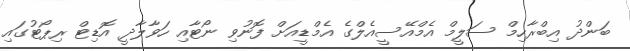
ބަންދު އިބްރާހިމް ސަލީމް އެމްއޭސީއެލްގެ އެމްޑީއަށް ފޮނުވި ނޯޓާއި ހަވާލާދީ އޮޑިޓް ރިޕޯޓުގައި